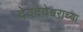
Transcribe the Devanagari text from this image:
देवदेवेश्वराच्या